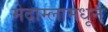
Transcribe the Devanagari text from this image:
मेदाम्लामधून